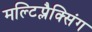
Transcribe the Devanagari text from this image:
मल्टिप्लैक्सिंग